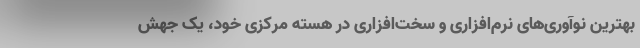
بهترین نوآوری‌های نرم‌افزاری و سخت‌افزاری در هسته مرکزی خود، یک جهش